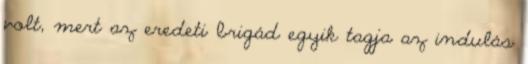
volt, mert az eredeti brigád egyik tagja az indulás